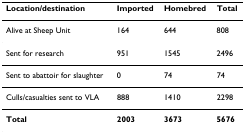
<table><thead><tr><td><b>Location/destination</b></td><td><b>Imported</b></td><td><b>Homebred</b></td><td><b>Total</b></td></tr></thead><tbody><tr><td>Alive at Sheep Unit</td><td>164</td><td>644</td><td>808</td></tr><tr><td>Sent for research</td><td>951</td><td>1545</td><td>2496</td></tr><tr><td>Sent to abattoir for slaughter</td><td>0</td><td>74</td><td>74</td></tr><tr><td>Culls/casualties sent to VLA</td><td>888</td><td>1410</td><td>2298</td></tr><tr><td><b>Total</b></td><td><b>2003</b></td><td><b>3673</b></td><td><b>5676</b></td></tr></tbody></table>